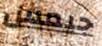
جيمس